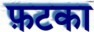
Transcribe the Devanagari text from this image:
फ़टका